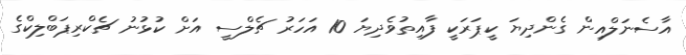
އާސެނަލްއިން ގެންދިޔަ ކީޕަރަކީ ފާއިތުވެދިޔަ 10 އަހަރު ޗެލްސީ އަށް ކުޅުނު ޗެކްރިޕަބްލިކްގެ